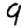
Digit: 9